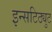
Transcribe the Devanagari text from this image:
इन्सटिठ्युट